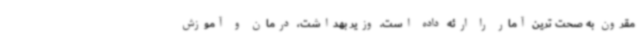
مقرون به صحت ترین آمار را ارئه داده است. وزیر بهداشت، درمان و آموزش